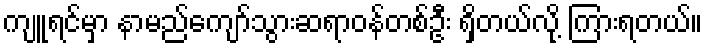
ကျူရင်မှာ နာမည်ကျော်သွားဆရာဝန်တစ်ဦး ရှိတယ်လို့ ကြားရတယ်။